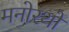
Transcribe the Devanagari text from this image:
मनोरथों